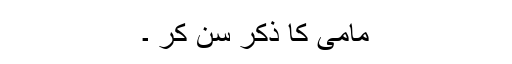
مامی کا ذکر سن کر ۔